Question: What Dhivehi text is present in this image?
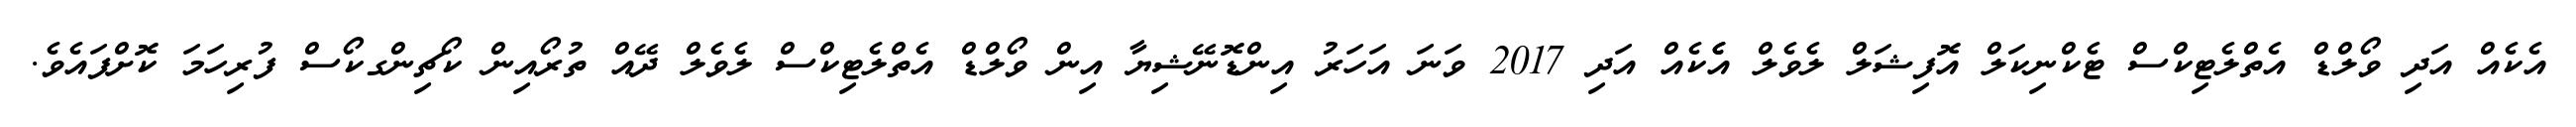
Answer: އެކެއް އަދި ވޯލްޑް އެތްލެޓިކްސް ޓެކްނިކަލް އޮފިޝަލް ލެވެލް އެެކެއް އަދި 2017 ވަނަ އަހަރު އިންޑޮނޭޝިޔާ އިން ވޯލްޑް އެތްލެޓިކްސް ލެވެލް ދޭއް ތުރޯއިން ކޯޗިންގކޯސް ފުރިހަމަ ކޮށްފައެވެ.